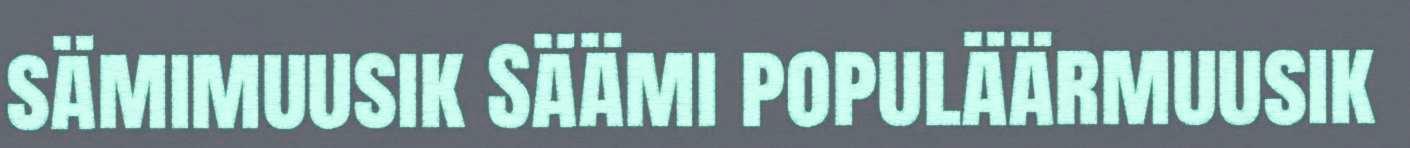
sämimuusik Säämi populäärmuusik